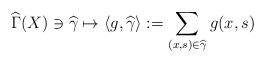
\begin{align*}\widehat{\Gamma }(X)\ni \widehat{\gamma }\mapsto \left\langle g,\widehat{\gamma }\right\rangle :=\sum_{(x,s)\in \widehat{\gamma }}g(x,s) \end{align*}